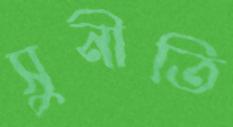
সুনীতি